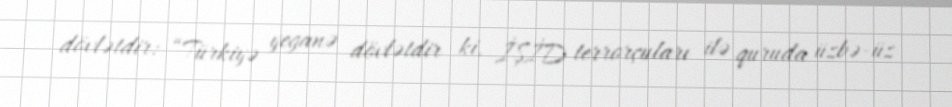
dövlətdir: “Türkiyə yeganə dövlətdir ki, İŞİD terrorçuları ilə quruda üzbə-üz